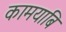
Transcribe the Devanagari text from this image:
कामयाबि